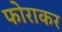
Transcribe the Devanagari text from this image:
फोराकर